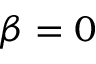
\beta = 0